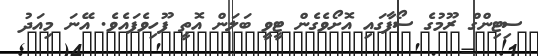
ސިޓިންގް ރޫމުގެ ސޯފާގައި އޮށޯވެގެން ޓީވީ ބަލަން އޮތީ ފޫހިވެފައެވެ. އޭނަ މިއަދު